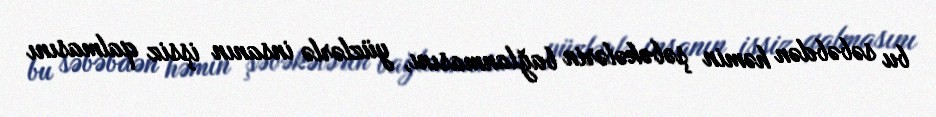
bu səbəbdən həmin şəbəkələrin bağlanmasını, yüzlərlə insanın işsiz qalmasını